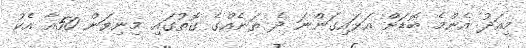
މިއަދު އެންމެ ބޮޑަށް އަޅައިގަންނަ ދެ ތަނެއްގެ ގޮތުގައި މިނިވަން 50އާ އެކު